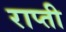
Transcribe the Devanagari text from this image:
राप्‍ती